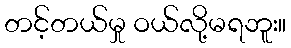
တင့်တယ်မှု ဝယ်လို့မရဘူး။